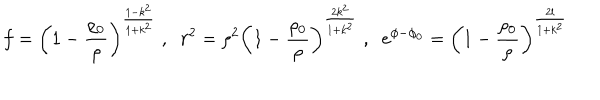
LaTeX: f = \left( 1 - \frac { \rho _ { 0 } } { \rho } \right) ^ { \frac { 1 - k ^ { 2 } } { 1 + k ^ { 2 } } } \; , \; \; r ^ { 2 } = \rho ^ { 2 } \left( 1 - \frac { \rho _ { 0 } } { \rho } \right) ^ { \frac { 2 k ^ { 2 } } { 1 + k ^ { 2 } } } \; , \; \; e ^ { \phi - \phi _ { 0 } } = \left( 1 - \frac { \rho _ { 0 } } { \rho } \right) ^ { \frac { 2 l } { 1 + k ^ { 2 } } }